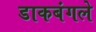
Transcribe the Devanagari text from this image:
डाकबंगले